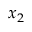
x _ { 2 }